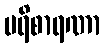
ပရိစာရဏာ